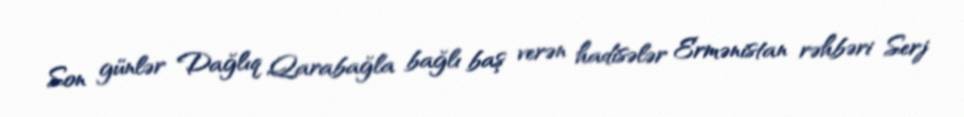
Son günlər Dağlıq Qarabağla bağlı baş verən hadisələr Ermənistan rəhbəri Serj